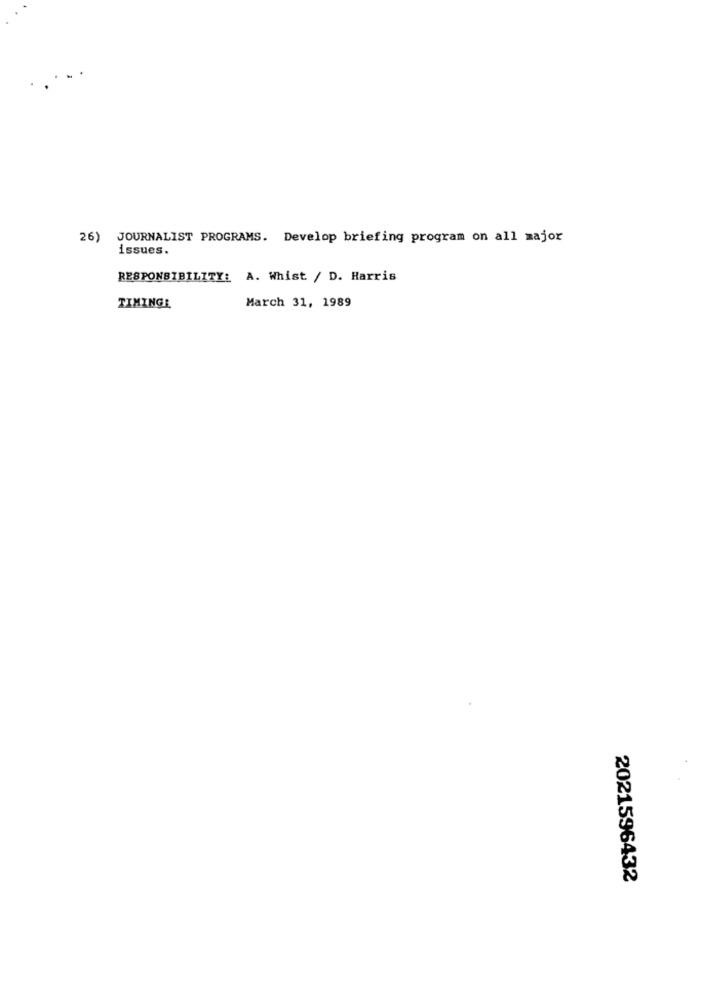
26) JOURNALIST PROGRAMS. Develop briefing program on all major
issues.
RESPONSIBILITY: A. Whist / D. Harris
March 31, 1989
TIMINGE
2021596432